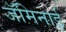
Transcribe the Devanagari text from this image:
जॅमिनाई